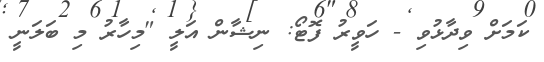
ކަމަށް ވިދާޅުވި - ހަވީރު ފޮޓޯ: ނިޝާން އަލީ "މިހާރު މި ބަލަނީ